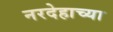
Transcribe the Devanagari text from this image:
नरदेहाच्या